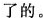
了的。